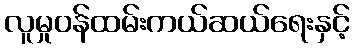
လူမှုဝန်ထမ်းကယ်ဆယ်ရေးနှင့်